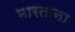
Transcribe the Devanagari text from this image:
भारताना